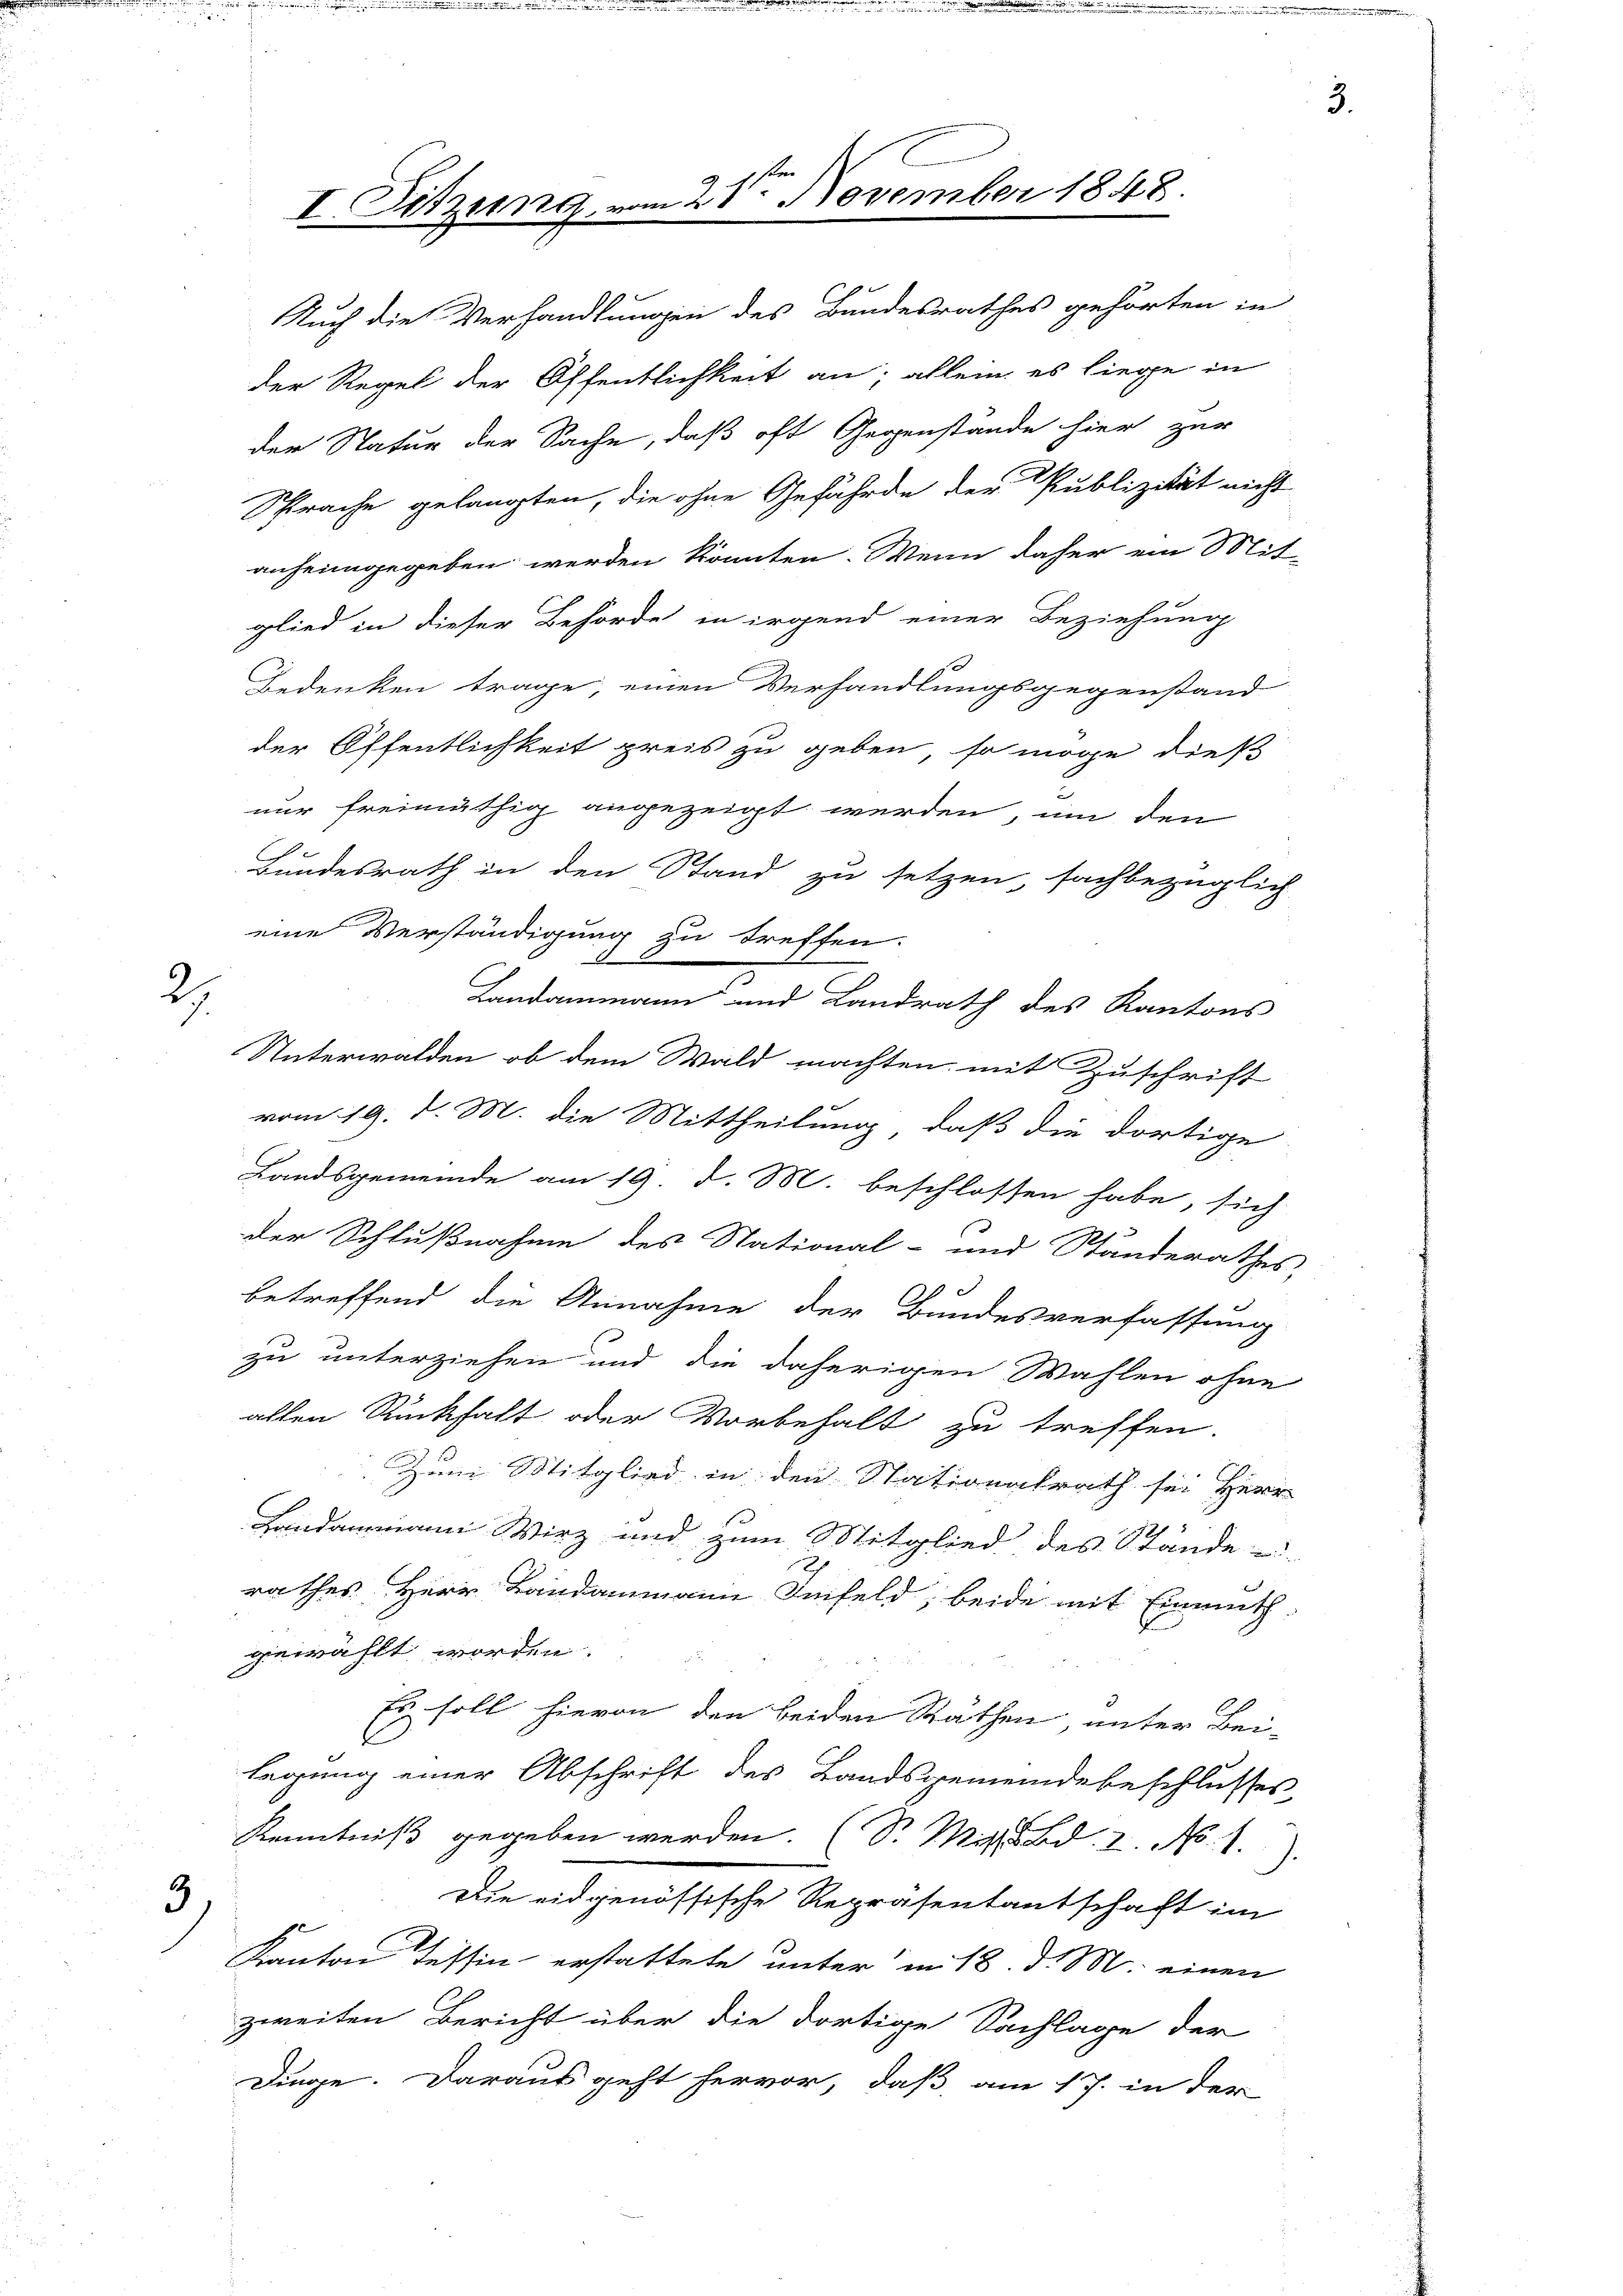
2.

Auch die Verhandlungen des Bundesrathes gehörten in
der Regel der Öffentlichkeit an; allein es liege in
der Natur der Sache, daß oft Gegenstande hier zur
Sprache gelangten, die ohne Gefährde der Publizität nicht
anheimgegeben werden könnten. Wenn daher ein Mit-
glied in dieser Behörde in irgend einer Beziehung
Bedenken trage, einen Verhandlungsgegenstand
der Öffentlichkeit preis zu geben, so möge dieß
nur freimüthig angezeigt werden, um den
A
Bundesrath in den Stand zu setzen, sachbezüglich
eine Verständigung zu treffen.
Landammann und Landrath des Kantons
Unterwalden, ob dem Wald machten mit Zuschrift
vom 19. d. M. die Mittheilung, daß die dortige
Landsgemeinde am 19. d. M. beschlossen habe, sich
der Schlußnahme des Stational- und Standerathes:
betreffend die Annahme der Bundesverfassung
zu unterziehen und die daherigen Wahlen ohne
allen Rückhalt oder Vorbehalt zu treffen.
Zum Mitglied in den Stationalrath sei Herr
Handammann Wirz und zum Mitglied des Stände
rathes Herr Bandammann Seifeld, beide mit Einmuth
gewählt worden.
Es soll hievon den beiden Räthen, unter Bei-
legung einer Abschrift des Landsgemeindebeschlusses,
Kenntniß gegeben werden. (S. Mit Bd. 2. No. 1.
Die eidgenössische Repräsentantschaft im
3
Kanton Tessin erstattete unter in 18. d. M. einen
zweiten Bericht über die dortige Sachlage der
Dinge. Daraus geht hervor, daß am 17. in der

I Sitzung u

21te͇n November 1848.